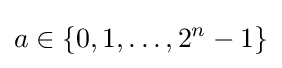
a\in \left\{0,1,\ldots ,2^{n}-1\right\}